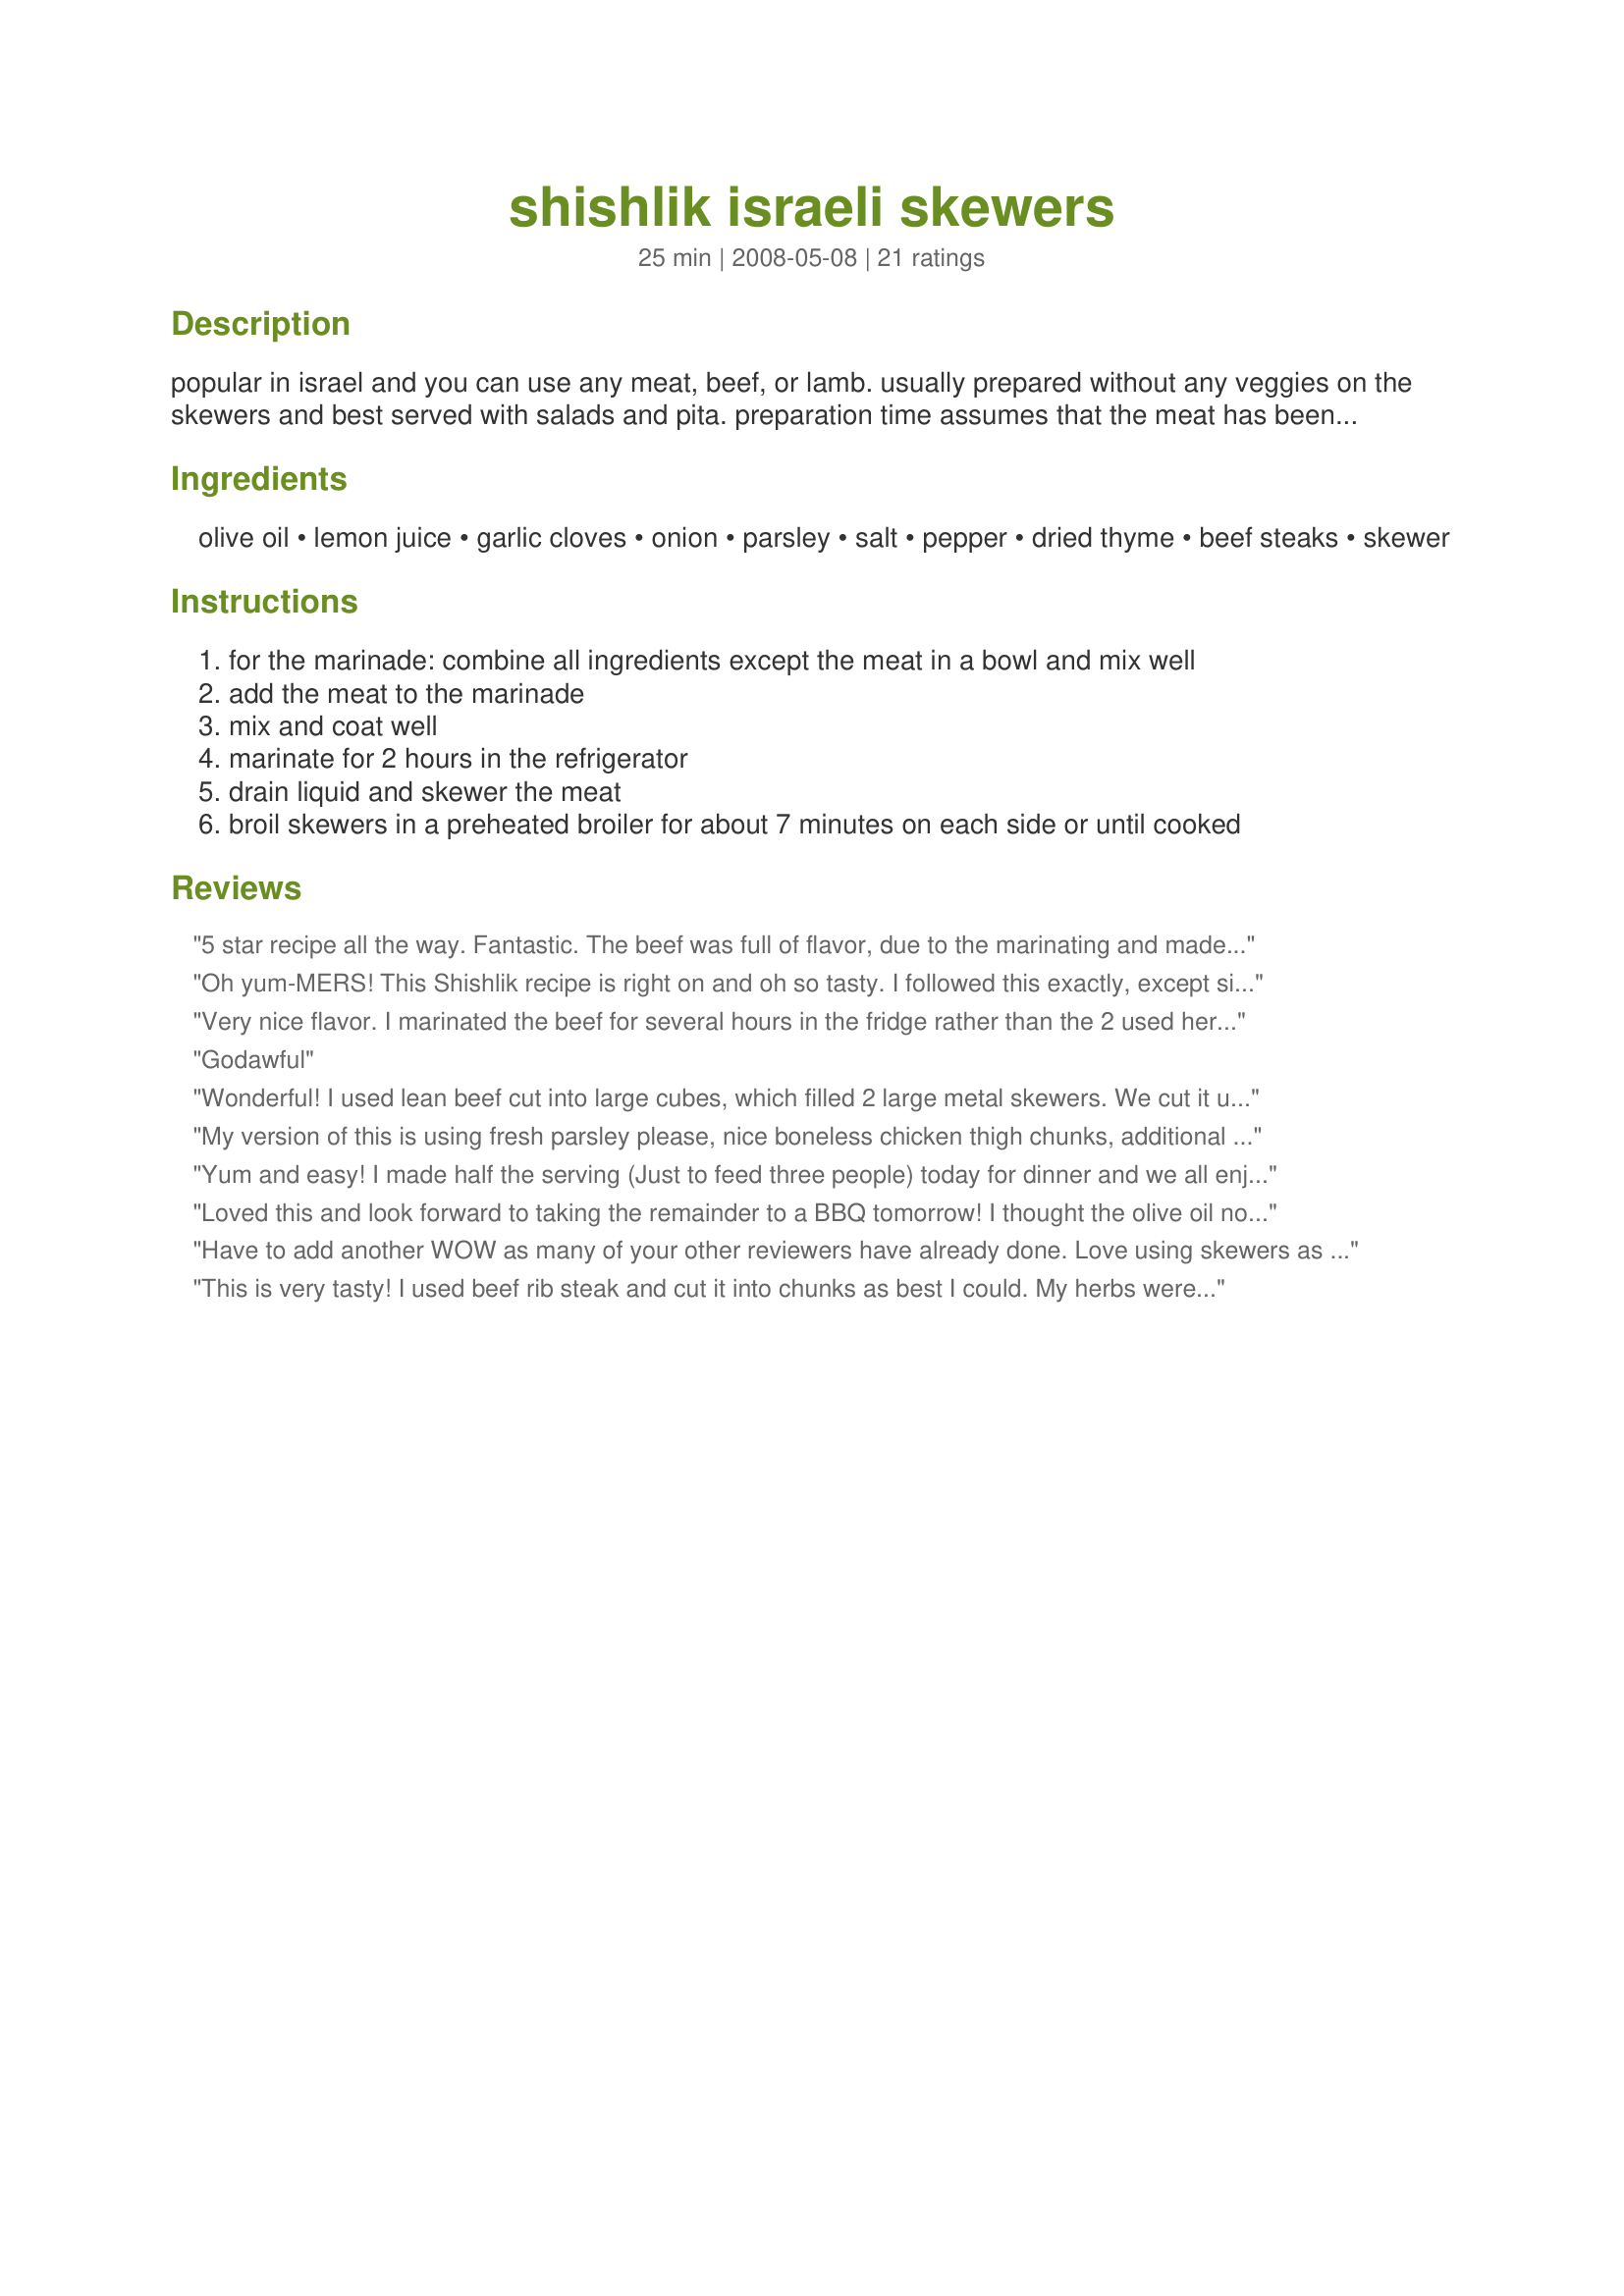
shishlik israeli skewers
Preparation time: 25 minutes

popular in israel and you can use any meat, beef, or lamb. usually prepared without any veggies on the skewers and best served with salads and pita. preparation time assumes that the meat has been cubed. yield depends on how small the meat is cubed

Ingredients:
olive oil, lemon juice, garlic cloves, onion, parsley, salt, pepper, dried thyme, beef steaks, skewer

Steps:
for the marinade: combine all ingredients except the meat in a bowl and mix well
add the meat to the marinade
mix and coat well
marinate for 2 hours in the refrigerator
drain liquid and skewer the meat
broil skewers in a preheated broiler for about 7 minutes on each side or until cooked

Reviews:
5 star recipe all the way. Fantastic. The beef was full of flavor, due to the marinating and made such a lovely dinner. I served it with: brown rice, salad and pita bread. Such an easy recipe with impressive results. Personal note: I will only use 1 cup of olive oil in the marinade next time. I think it should be plenty and will give the other marinade ingredients even more punch. I also may marinate them for a longer period of time.
We just loved this recipe. Thank you so much for posting!!!
Oh yum-MERS! This Shishlik recipe is right on and oh so tasty. I followed this exactly, except since I used beef cubes (already cut) I placed this in the marinade on Friday, turning them in the Ziploc bag every couple of hours. The taste that infused into the meat was outstanding. I used fresh thyme and fresh parsley which really gave the meat a even more. packed full of "WOW" factor. I preheated our grill to "screaming hot" oiled the grates and put these succulent pieces of meat right on top and basted them every couple of minutes. This was really really nice, added some fresh grilled tomatoes to some rice pilaf and ate away. Perfect, will use this as my "go" to recipe for Shishlik. Thank you so much Pneuma
Very nice flavor. I marinated the beef for several hours in the fridge rather than the 2 used here. Had no fresh herbs and I used a mortar & pestle to grind all the spices together into a fine powder. They turned out great grilled on the BBQ and served in a pita with tzatziki and lettuce.
Godawful
Wonderful! I used lean beef cut into large cubes, which filled 2 large metal skewers. We cut it up afterwards according to our taste, and served it on pita bread with Recipe #90214. It made a fantastic summery meal! Thanks so much for sharing, Pneuma! Made for Everyday is a Holiday tag game.
My version of this is using fresh parsley please, nice boneless chicken thigh chunks, additional spices, like sweet paparika, a little someting hot like chipoltle morita, or harrisa mix, some cilantro, and a bit of cumin in the marinade. Serve with tomato cukecumber tiny cubed with fine chopped parsely and salt and lemon juice salad. Nothing beats.
Yum and easy! I made half the serving (Just to feed three people) today for dinner and we all enjoyed them. I had to cook it inside on a pan because it was 5 oC outside. I also used chicken instead of beef and the chicken was very tender. I served it with Recipe #197922 Thank you Pneuma
Loved this and look forward to taking the remainder to a BBQ tomorrow! I thought the olive oil not only carried the other flavors through but added a lot of flavor in itself so it's worth using a good variety.
Have to add another WOW as many of your other reviewers have already done. Love using skewers as appetizer/starts and this one is delicious and packed with flavor - a real hit at our house. Made as posted with snipped in parsley freshly picked from the backyard garden - there really is something about using herbs fresh from the garden when doing these marinades!I did add peppers, sweet onion and mushrooms to some of the skewers for variety - they made for an excellent addition to the platter! Have I told you just how much I enjoy those recipes of yours Pneuma - thank you for another that has gone into my cookbook to use again - and again!
This is very tasty! I used beef rib steak and cut it into chunks as best I could. My herbs were fresh from the garden. This was an easy marinade to toss together, and really gave great depth of flavor to the meat. Thanks, Pneuma.
these were really good. I used fresh pasley & thyme as they were in my garden. 
Made for Let's Get Skewered Tag Game -- May 2008 in the Aisan forum.
Wow -- this is such a great recipe for Shishlik. I've made it before using other recipes, and this is the best. We used beef and I marinated it early in the morning, so it was in the marinade for about 8 hours. I doubled the recipe because we had guests, and it was all gone so quickly I only had one skewer, so I've got the ingredients on my shopping list for next week to make it again. Thanks for the terrific recipe -- everyone loved it!
I chose to surprise my DH by making this dish for him. He loved this dish.
I chose to cook them in our grill pan which I think worked. Thanks for posting this recipe for us to try.
We all loved this. It made a great Shabbat dinner with Recipe #332670 and a salad of lettuce, tomato, green bell pepper, cucumber and a dressing of EVOO, lemon juice, parsley and garlic. I'll make this again. Thanks for posting.
We grill almost daily during the warm weather and are on the lookout for new ways to prepare the meat. Tried your recipe today. WOW! Made the marinade as directed and used cubed chuck steak. I have a vacumn marinater so I used that left it all in the fridge for about 8 hours. Fabulous kabobs, tender, full of flavor and didn't not need any additional seasoning. Served these with Naan, but next time will use pitas to make it more of sandwich. Will be making often. Thanks for sharing!
Wow! These have a wonderful flavor. I marinated mine for about 4 hours. They weren't very tender but I believe that was due to my cut of beef. I grilled mine on the barbecue and served it with a tasty coleslaw. Thanks for posting. :)
This turned out to be a really yummy marinade, though I'd dial back the salt a bit. I didn't marinade for the 2 hours, but about 40 minutes on the counter while I prepared other parts of dinner. We just broiled ours in the oven since it was on anyway. We served with hummus, pita chips, and fresh cut-up veggies. Yummy!
These are great. I made them exactly as posted and they turned out great. I served them with rice salad,oregano corn and green salad. Since barbeque season is upon us I will be making these often.
We made this with beef and had to cook it under the broiler because our grill was out of propane. Dumped the extra marinade with its veggies on top midway through broiling. Came out great! My DH has a fond place in his heart for "schaschlik" served at Faschings Fests in Germany in the seventies, and this is the very thing. Thank you! Made for Let's Get Skewered, May 2008.
Great recipe with great flavor. My cooking time was a total of 14 minutes also, although I had the cubes cut a bit on the large side but it was perfect. I did cut back on the salt.Quick and easy to prepare. All in all a great recipe. Made for Aus/NZ swap#25
Delicious!!!! I cheated and didn't bother cutting mine into pieces and skewering. I used ribeyes and marinated them for about two hours and then grilled. I did brush on some of the marinade in very beginning of grilling. Made for zaar stars tag. Thanks Pneuma for posting.
